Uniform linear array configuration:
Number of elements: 12
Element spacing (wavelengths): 1
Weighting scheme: exponential
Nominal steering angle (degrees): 15
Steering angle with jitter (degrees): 16.154
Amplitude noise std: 0.05
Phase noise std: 0.05

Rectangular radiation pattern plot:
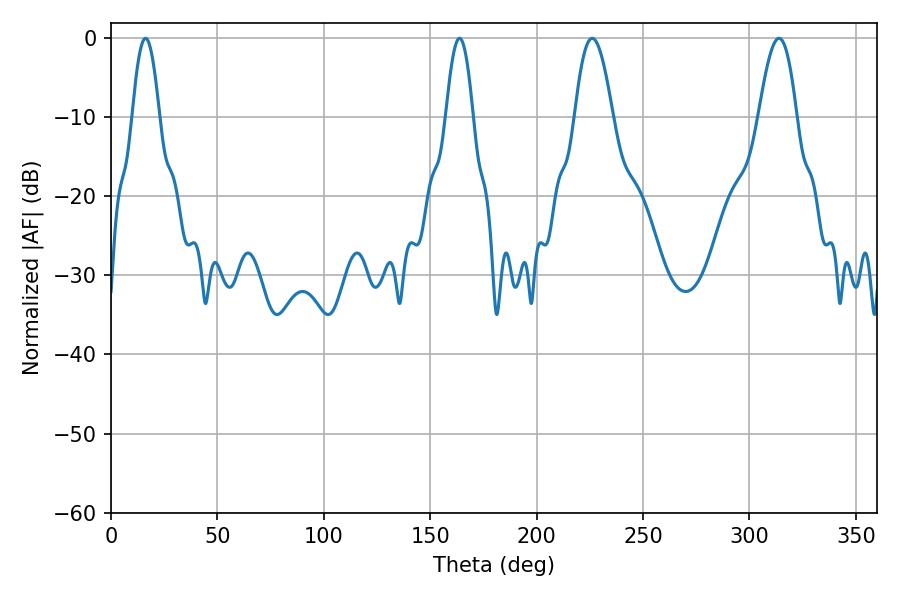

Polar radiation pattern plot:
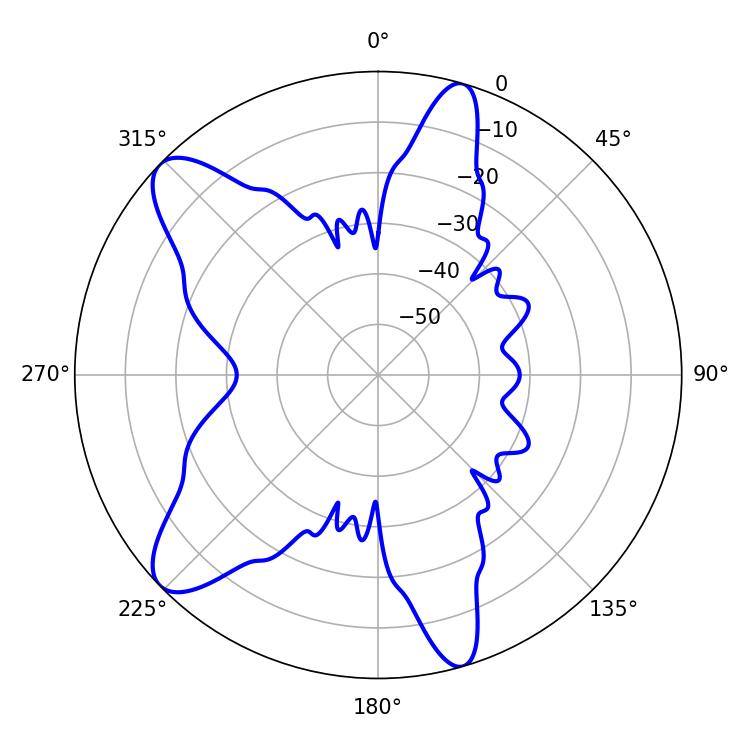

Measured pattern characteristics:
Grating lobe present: TRUE
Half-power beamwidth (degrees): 9.54
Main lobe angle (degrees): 226.08